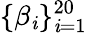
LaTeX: \{ \beta_{\mathit{i}}\} _{\mathit{i}=1}^{20}